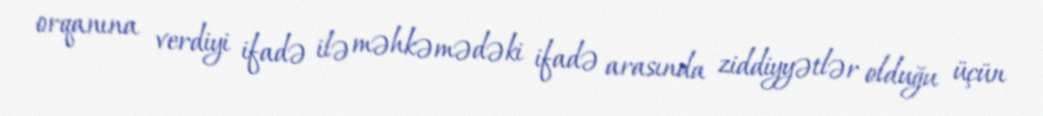
orqanına verdiyi ifadə ilə məhkəmədəki ifadə arasında ziddiyyətlər olduğu üçün